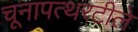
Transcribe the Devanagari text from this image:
चूनापत्थरटीले